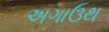
અગાઉથ